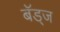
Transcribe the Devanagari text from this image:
बॅड्ज